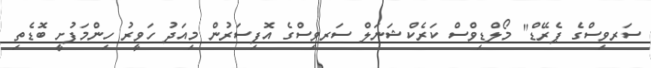
ސަރވިސްގެ ޕެރޭޑް" މޯލްޑިވްސް ކަރެކްޝަނަލް ސަރވިސްގެ އޮފިސަރުން މިއަދު ހަވީރު ހިންމަފުށީ ބޮޑެތި